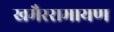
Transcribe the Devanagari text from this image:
खमैररामायण